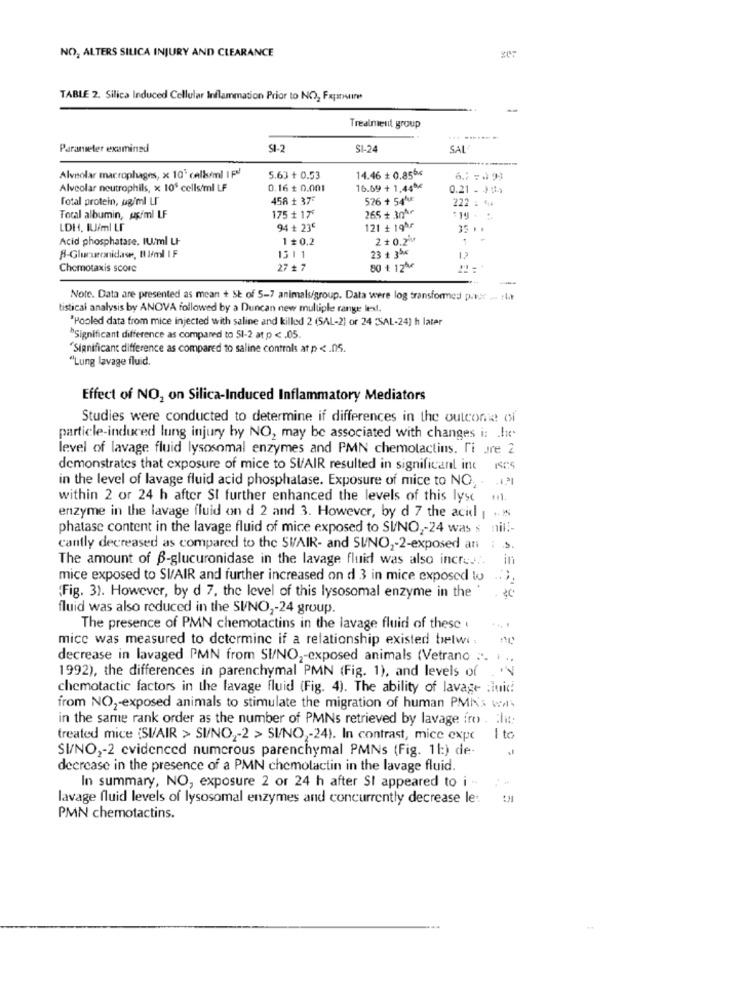
NO, ALTERS SILICA INJURY AND CLEARANCE
TABLE 2. Silica Induced Cellular Inflammation Prior to NO, Fxposire
Trealment group
... .......
Parameter examined
SI-2
S1-2
SAL
Alveolar macrophages, x 10' callsimi IP!
5.63 + 0.53
14.46 + 0,856%
6 .: : . 9)
Alveolar neutrophils, x 105 cells/ml LF
0.16 + 0.001
16.69 + 1,44º
0.21 . 104
Total protein, ugiml Lf
458 + 375
526 + 54'VE
222 : 44
175 + 17*
265 + 30Ar
Total albumin, uç/ml LF
LDH, IUiml LF
94 + 23€
121 + 19år
35 ..
Acid phosphatase. IU/ml Lt
1 # 0.2
2+0.2
1
1511
23 + 35*
B-Glucuronidase, Il /ml IF
12
Chemotaxis score
27 ₺ 7
80 + 12%*
Note. Data are presented as mean + St of 5-7 animals/group. Data were log transformed pader ... flat
tistical analysis by ANOVA followed by a Duncan new multiple range leest.
"Pooled data from mice injected with saline and killed 2 (SAL-2) or 24 "SAL-24] h later
"Significant difference as compared to 51-2 at p <. 05.
"Significant difference as compared to saline controls at p < . 05.
"Lung lavage fluid.
Effect of NO, on Silica-Induced Inflammatory Mediators
Studies were conducted to determine if differences in the outcome of
particle-induced lung injury by NO, may be associated with changes i: . h.
level of lavage fluid lysosomal enzymes and PMN chemotactins. Ti Jre 2
demonstrates that exposure of mice to SI/AIR resulted in significant int 105
in the level of lavage fluid acid phosphatase. Exposure of mice to NO, - 121
within 2 or 24 h after SI further enhanced the levels of this lyst ...
enzyme in the lavage fluid on d 2 and 3. However, by d 7 the acid | .. .
phatase content in the lavage fluid of mice exposed to SI/NO ,- 24 was s nil !-
cantly decreased as compared to the SVAIR- and SUNO2-2-exposed an : s.
The amount of B-glucuronidase in the lavage fluid was also incres ..
in
mice exposed to SVAIR and further increased on d 3 in mice exposed to
(Fig. 3). However, by d 7. the level of this lysosomal enzyme in the '
fluid was also reduced in the SI/NO ,- 24 group.
The presence of PMN chemotactins in the lavage fluid of these
mice was measured to determine if a relationship existed belwi :
decrease in lavaged PMN from SI/NO2-exposed animals (Vetrano .. . ..
1992), the differences in parenchymal PMN (Fig. 1), and levels of
chemotactic factors in the lavage fluid (Fig. 4). The ability of lavage :iui!
from NO2-exposed animals to stimulate the migration of human PMAS was
in the same rank order as the number of PMNs retrieved by lavage fro . hit:
treated mice (SI/AIR > SI/NO ,- 2 > SI/NO ,- 24). In contrast, mice expe I to
SI/NO ,- 2 evidenced numerous parenchymal PMNs (Fig. 11:) de-
decrease in the presence of a PMN chemolactin in the lavage fluid.
In summary, NO, exposure 2 or 24 h after SI appeared to i ..
lavage fluid levels of lysosomal enzymes and concurrently decrease le:
PMN chemotactins.